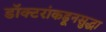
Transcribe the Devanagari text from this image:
डॉक्टरांकडूनसुद्धा